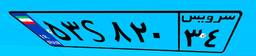
۵۴S۵۲۵۷۷